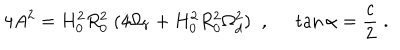
4 A ^ { 2 } = H _ { 0 } ^ { 2 } R _ { 0 } ^ { 2 } \; ( 4 \Omega _ { r } + H _ { 0 } ^ { 2 } R _ { 0 } ^ { 2 } \Omega _ { d } ^ { 2 } ) \; \; , \; \; \tan \alpha = \frac { c } { 2 } \; .